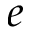
e